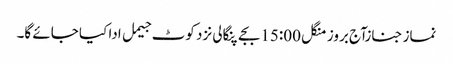
نماز جنازآج بروز منگل 15:00بجے پنگالی نزد کوٹ جیمل ادا کیا جائے گا۔